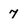
Character: 7